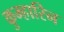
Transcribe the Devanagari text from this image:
कुम्हारिन